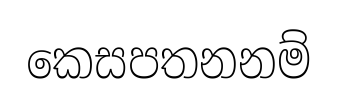
කෙසපතනනම්